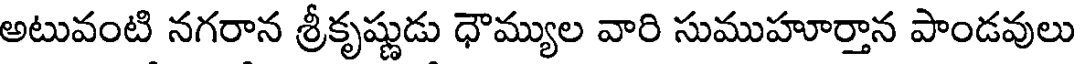
అటువంటి నగరాన శ్రీకృష్ణుడు ధౌమ్యుల వారి సుముహూర్తాన పాండవులు